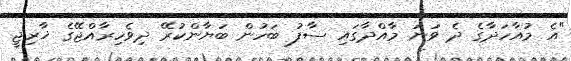
"އެ މުއާހަދާގެ ދެ ވަނަ މާއްދާގައި ސާފު ބަހުން ބަޔާންކުރޭ ދިވެހިރާއްޖޭގެ ޚާރިޖީ